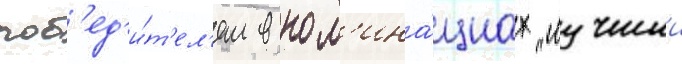
поб'ед'и́т'ел'ем в ном'ина́циах "лучшии